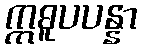
ဣဓူပပန္နာ